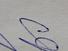
Signature authenticity: genuine